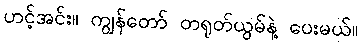
ဟင့်အင်း။ ကျွန်တော် တရုတ်ယွမ်နဲ့ ပေးမယ်။